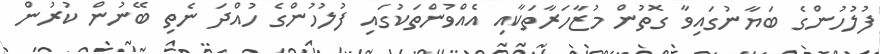
ފުލުހުންގެ ބަޔާނުގައިވާ ގޮތުން މުޒާހަރާތަކާއި އެއްވުންތަކުގައި ފުލުުހުންގެ ހުއްދަ ނެތި ބޭނުން ކުރުން